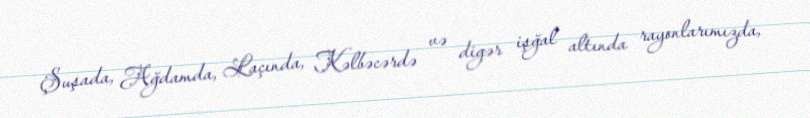
Şuşada, Ağdamda, Laçında, Kəlbəcərdə və digər işğal altında rayonlarımızda,